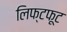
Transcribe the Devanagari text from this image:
लिफ्टफूट